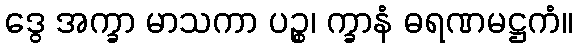
ဒွေ အက္ခာ မာသကာ ပဉ္စ၊ က္ခာနံ ဓရဏမဋ္ဌကံ။